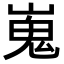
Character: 嵬